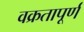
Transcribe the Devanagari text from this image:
वक्रतापूर्ण